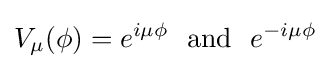
V_{\mu }(\phi )=e^{i\mu \phi }\,\,\,\,\mathrm {and} \,\,\,\,e^{-i\mu \phi }